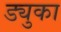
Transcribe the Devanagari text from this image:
ड्युका